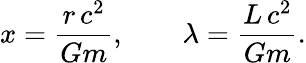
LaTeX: x=\frac{r\, c^{2}}{Gm},\qquad\lambda=\frac{L\, c^{2}}{Gm}.